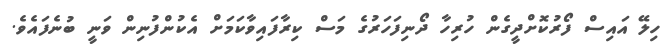
ހިލޭ އައިސް ފޯރުކޮށްދީގެން ހުރިހާ ދޯނިފަހަރުގެ މަސް ކިރާފައިވާކަމަށް އެކުންފުނިން ވަނީ ބުނެފައެވެ.